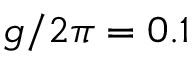
g / 2 \pi = 0 . 1